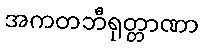
အကတဘီရုတ္တာဏာ